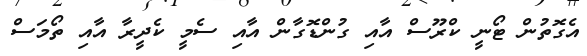
އެގޮތުން ޓޯނީ ކްރޫސް އާއި ގުންޑޮގާން އާއި ސެމީ ކެދީރާ އާއި ތޯމަސް